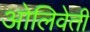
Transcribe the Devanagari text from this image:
ओलिवेती